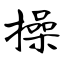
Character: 操